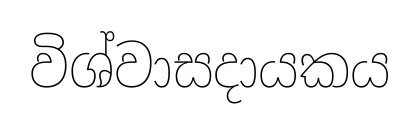
විශ්වාසදායකය